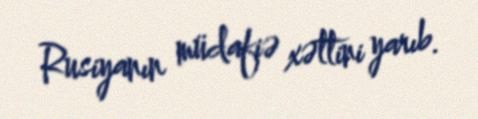
Rusiyanın müdafiə xəttini yarıb.